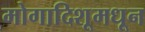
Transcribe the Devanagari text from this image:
मोगादिशूमधून